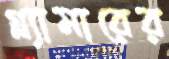
গ্ল্যামারের